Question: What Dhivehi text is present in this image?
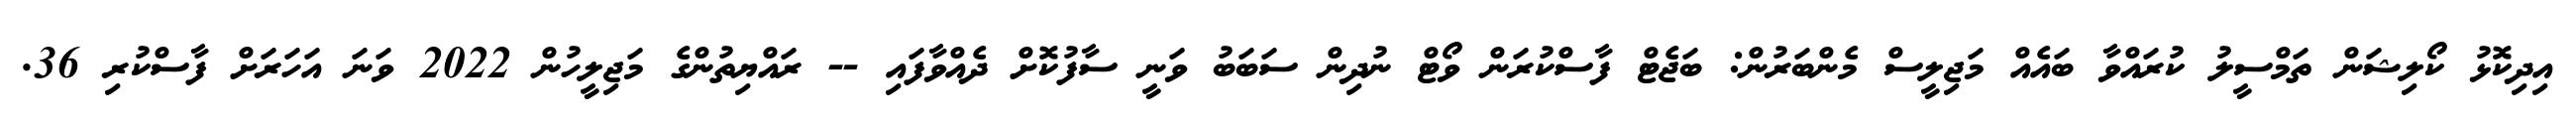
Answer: އިދިކޮޅު ކޯލިޝަން ތަމްސީލު ކުރައްވާ ބައެއް މަޖިލީސް މެންބަރުން: ބަޖެޓް ފާސްކުރަން ވޯޓް ނުދިން ސަބަބު ވަނީ ސާފުކޮށް ދެއްވާފައި -- ރައްޔިތުންގެ މަޖިލީހުން 2022 ވަނަ އަހަރަށް ފާސްކުރި 36.